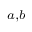
^ { a , b }